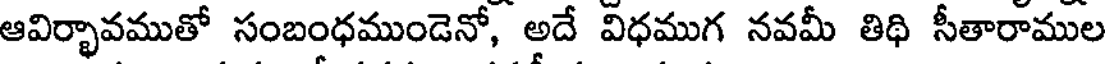
ఆవిర్భావముతో సంబంధముండెనో, అదే విధముగ నవమీ తిథి సీతారాముల